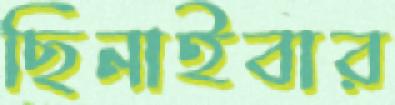
ছিনাইবার